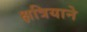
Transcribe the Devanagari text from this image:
क्षत्रियाने